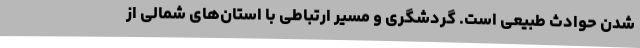
شدن حوادث طبیعی است. گردشگری و مسیر ارتباطی با استان‌های شمالی از